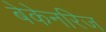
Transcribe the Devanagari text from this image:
बेकेनरिज